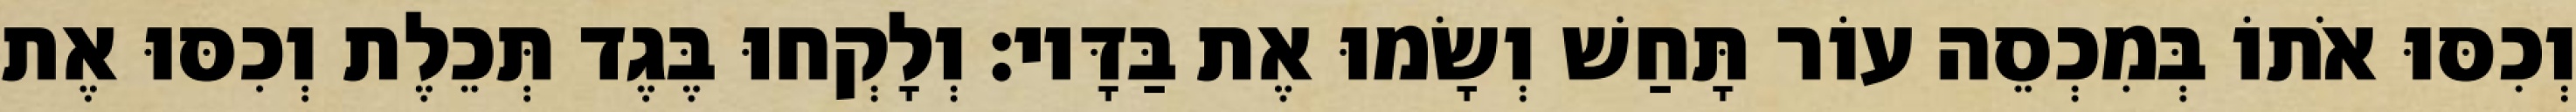
וְכִסּוּ אֹתוֹ בְּמִכְסֵה עוֹר תָּחַשׁ וְשָׂמוּ אֶת בַּדָּיו׃ וְלָקְחוּ בֶּגֶד תְּכֵלֶת וְכִסּוּ אֶת